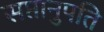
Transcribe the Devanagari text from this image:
सप्तानुपति